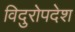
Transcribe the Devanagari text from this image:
विदुरोपदेश